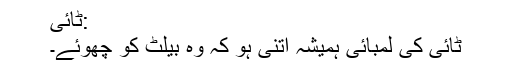
:ٹائی
ٹائی کی لمبائی ہمیشہ اتنی ہو کہ وہ بیلٹ کو چھوئے۔